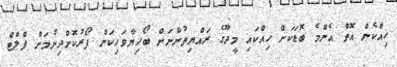
ހިއްކެން އޮތް އެންމެ ބޮޑަކަށް ހިއްކައި މީދޫގެ ރައްޔިތުންނަށް ބޯހިޔާވަހިކަން ފޯރުކޮށްދިނުމަށް ފްލްޓް